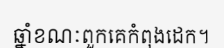
ឆ្នាំខណៈពួកគេកំពុងដេក។